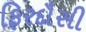
ફિરદૌસી